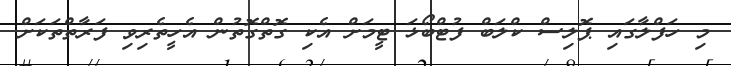
މި ހަފްލާގައި ޕޮލިސް ކްލަބް ފުޓްބޯޅަ ޓީމަށް އެކި ގޮތްގޮތުން އެހީތެރިވި ފަރާތްތަކަށް